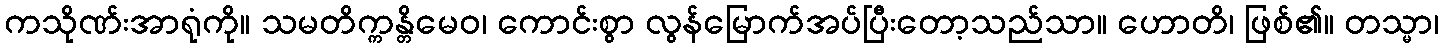
ကသိုဏ်းအာရုံကို။ သမတိက္ကန္တိမေဝ၊ ကောင်းစွာ လွန်မြောက်အပ်ပြီးတော့သည်သာ။ ဟောတိ၊ ဖြစ်၏။ တသ္မာ၊